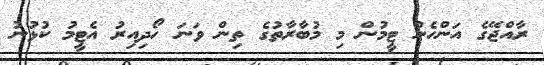
ރާއްޖޭގެ އަންހެން ޓީމުން މި މުބާރާތުގެ ތިން ވަނަ ހޯދިއިރު އެޓީމު ކުޅުނު